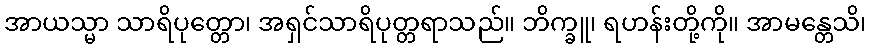
အာယသ္မာ သာရိပုတ္တော၊ အရှင်သာရိပုတ္တရာသည်။ ဘိက္ခူ၊ ရဟန်းတို့ကို။ အာမန္တေသိ၊